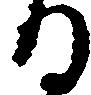
る